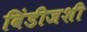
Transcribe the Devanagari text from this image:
विंडीजशी